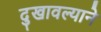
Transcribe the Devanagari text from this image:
दुखावल्याने